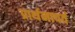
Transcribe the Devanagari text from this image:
प्रार्थनापर्व